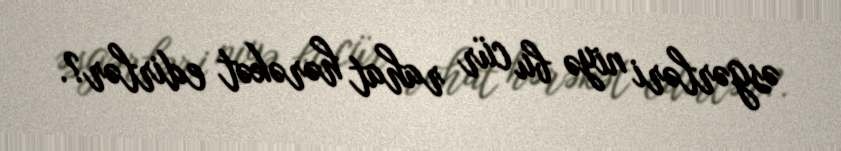
əsgərləri niyə bu cür rahat hərəkət edirlər?.